Indian journal of veterinary science and animal husbandry - Volumes 18-21, 1948-1951
Year: 1948
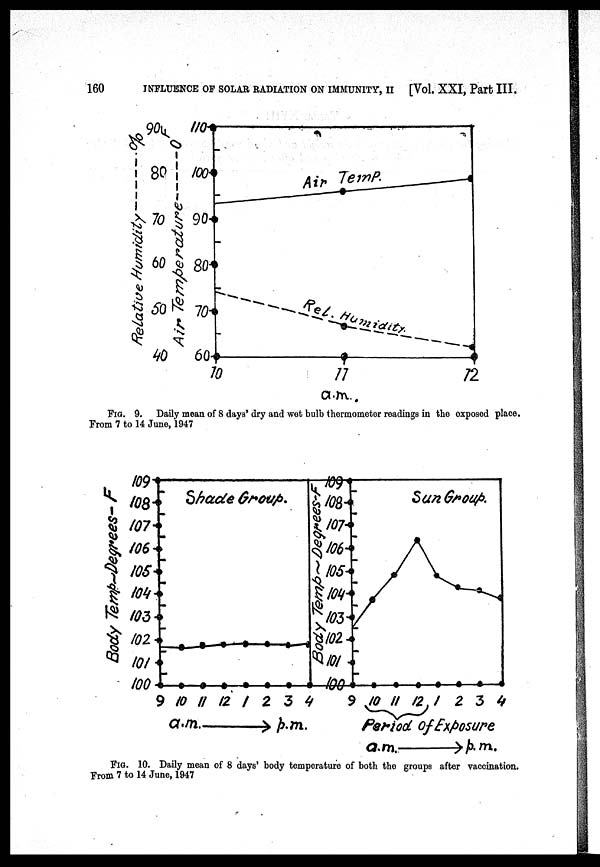
160
INFLUENCE
OF SOLAR RADIATION ON IMMUNITY, II
[Vol. XXI, Part III.
FIG. 9. Daily mean of 8 days' dry and wet bulb thermometer readings in the exposed place.
From 7 to 14 June, 1947
FIG. 10. Daily mean of 8 days' body temperature of both the groups after vaccination.
From 7 to 14 June, 1947